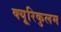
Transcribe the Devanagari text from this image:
क्यूरिकुलम